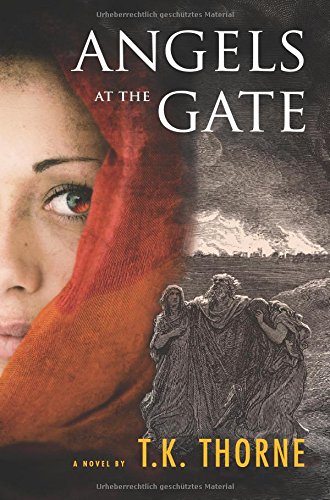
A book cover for Angels at the Gate; T.K. Thorne; Romance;